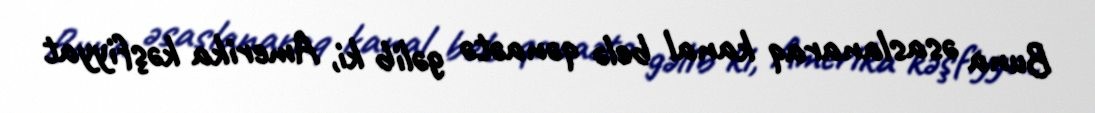
Buna əsaslanaraq kanal belə qənaətə gəlib ki, Amerika kəşfiyyat